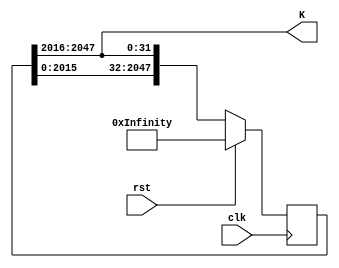
`timescale 1ns / 1ps
//////////////////////////////////////////////////////////////////////////////////
// Company: 
// Engineer: 
// 
// Design Name: 
// Module Name: sha256_K_iterator
// Project Name: 
// Target Devices: 
// Tool Versions: 
// Description: 
// 
// Dependencies: 
// 
// Revision:
// Revision 0.01 - File Created
// Additional Comments:
// 
//////////////////////////////////////////////////////////////////////////////////


module sha256_K_iterator(
          input clk,
          input rst,
          output [31:0] K
          );

      reg [2047:0] k_queue;
      wire [2047:0] k_current = { k_queue[2015:0], k_queue[2047:2016] };
      assign K = k_queue[2047:2016];

      always @(posedge clk)
      begin
          if (rst) begin
            k_queue <= {
                32'h428a2f98, 32'h71374491, 32'hb5c0fbcf, 32'he9b5dba5,
                32'h3956c25b, 32'h59f111f1, 32'h923f82a4, 32'hab1c5ed5,
                32'hd807aa98, 32'h12835b01, 32'h243185be, 32'h550c7dc3,
                32'h72be5d74, 32'h80deb1fe, 32'h9bdc06a7, 32'hc19bf174,
                32'he49b69c1, 32'hefbe4786, 32'h0fc19dc6, 32'h240ca1cc,
                32'h2de92c6f, 32'h4a7484aa, 32'h5cb0a9dc, 32'h76f988da,
                32'h983e5152, 32'ha831c66d, 32'hb00327c8, 32'hbf597fc7,
                32'hc6e00bf3, 32'hd5a79147, 32'h06ca6351, 32'h14292967,
                32'h27b70a85, 32'h2e1b2138, 32'h4d2c6dfc, 32'h53380d13,
                32'h650a7354, 32'h766a0abb, 32'h81c2c92e, 32'h92722c85,
                32'ha2bfe8a1, 32'ha81a664b, 32'hc24b8b70, 32'hc76c51a3,
                32'hd192e819, 32'hd6990624, 32'hf40e3585, 32'h106aa070,
                32'h19a4c116, 32'h1e376c08, 32'h2748774c, 32'h34b0bcb5,
                32'h391c0cb3, 32'h4ed8aa4a, 32'h5b9cca4f, 32'h682e6ff3,
                32'h748f82ee, 32'h78a5636f, 32'h84c87814, 32'h8cc70208,
                32'h90befffa, 32'ha4506ceb, 32'hbef9a3f7, 32'hc67178f2
            };
          end else begin
            k_queue <= k_current;
        end
    end

endmodule